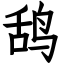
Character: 鸹